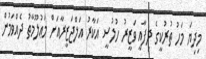
މިދިޔަ މަހު ތުރުކީގެ ދިފާއީ ވަޒީރު ހުލުސީ އަކާރު އަލްޖަޒީރާއަށް މަޢުލޫމާތު ދެއްވަމުން